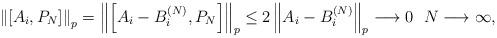
LaTeX: \begin{align*} \left\|[A_i, P_N]\right\|_p = \left\|\left[A_i-B_i^{(N)}, P_N\right]\right\|_p\leq 2 \left\|A_i-B_i^{(N)}\right\|_p \longrightarrow 0 ~ ~N\longrightarrow \infty,\end{align*}